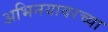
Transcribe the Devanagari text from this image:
अभिनयावरच्या